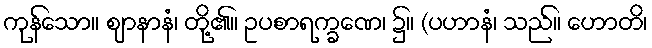
ကုန်သော။ ဈာနာနံ၊ တို့၏။ ဥပစာရက္ခဏေ၊ ၌။ (ပဟာနံ၊ သည်။ ဟောတိ၊